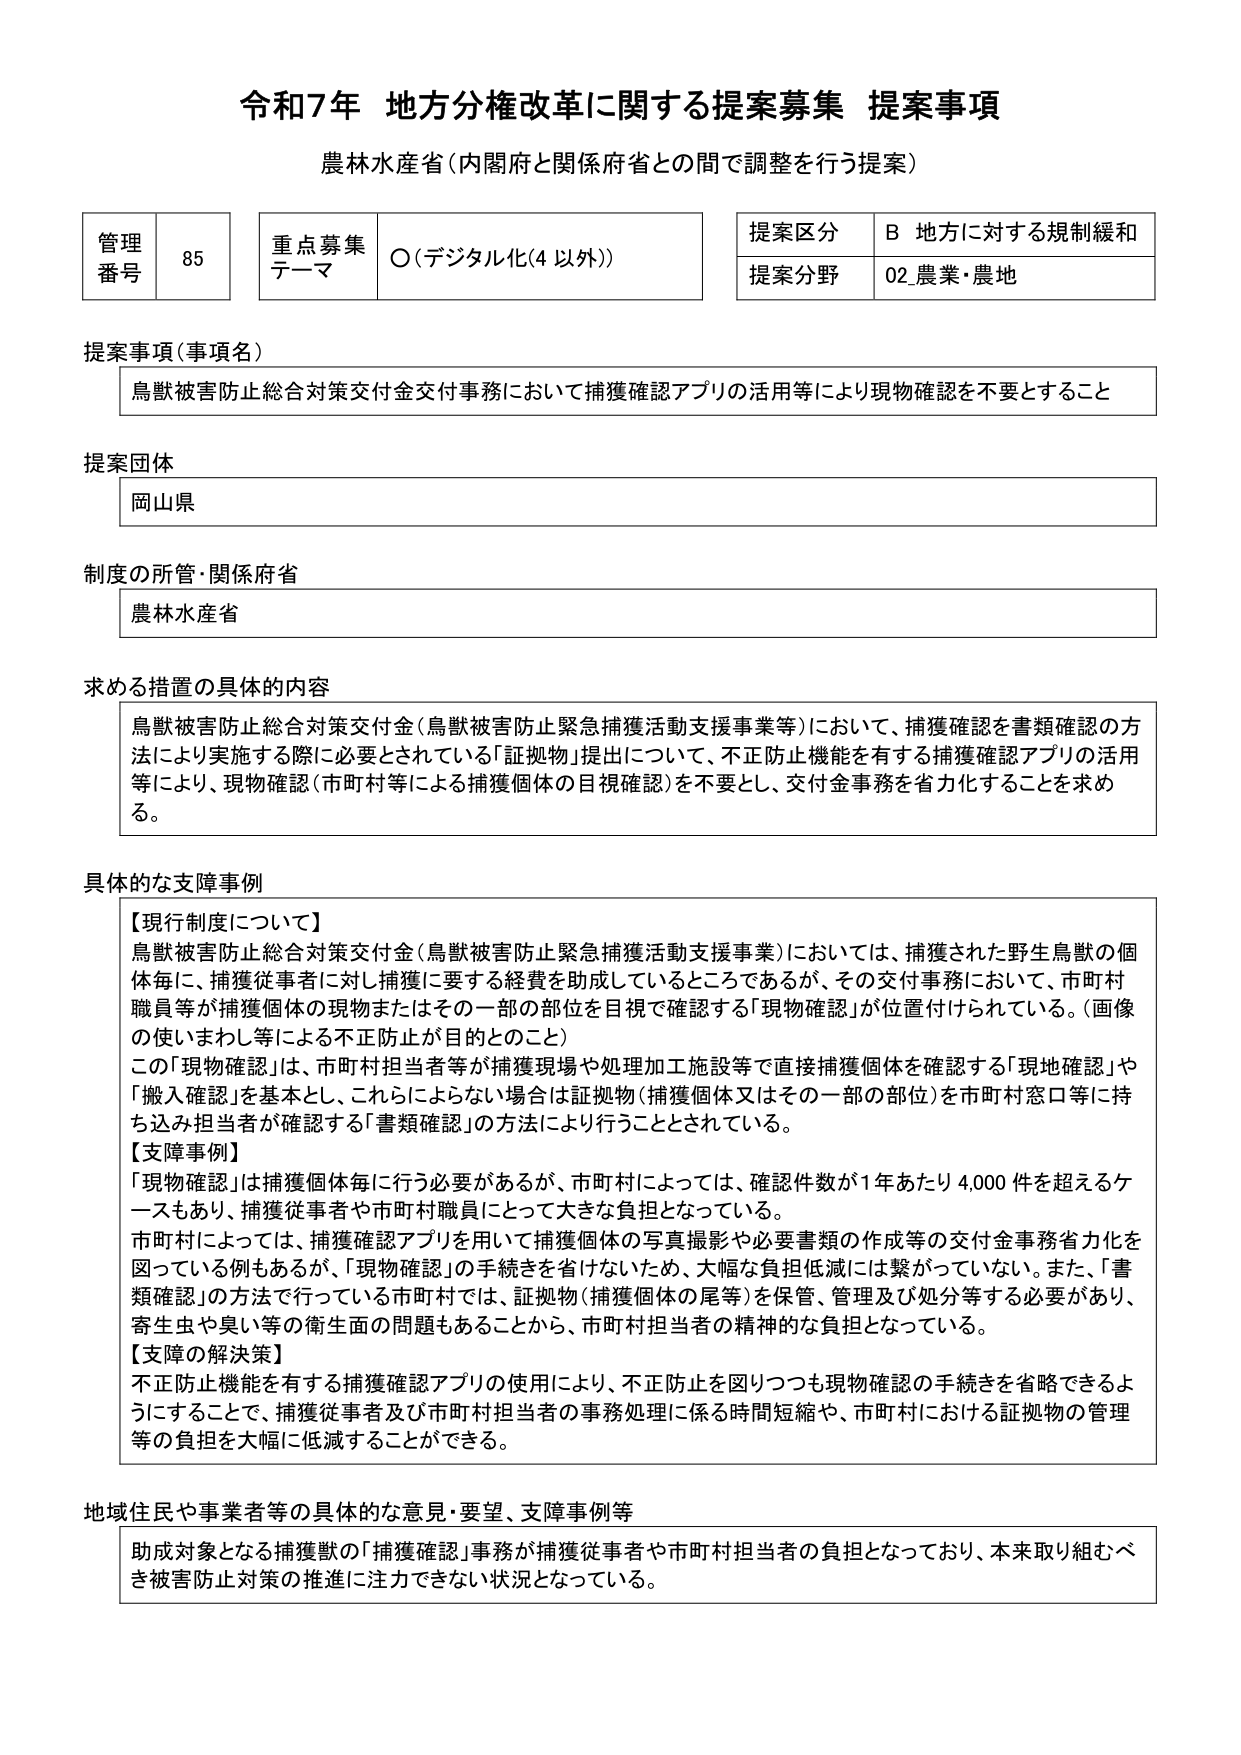
令和7年 地方分権改革に関する提案募集 提案事項
農林水産省（内閣府と関係府省との間で調整を行う提案）

管理番号 85
重点募集テーマ ○（デジタル化（4 以外））
提案区分 B 地方に対する規制緩和
提案分野 02 農業・農地

提案事項（事項名）
鳥獣被害防止総合対策交付金交付事務において捕獲確認アプリの活用等により現物確認を不要とすること

提案団体
岡山県

制度の所管・関係府省
農林水産省

求める措置の具体的内容
鳥獣被害防止総合対策交付金（鳥獣被害防止緊急捕獲活動支援事業等）において、捕獲確認を書類確認の方法により実施する際に必要とされている「証拠物」提出について、不正防止機能を有する捕獲確認アプリの活用等により、現物確認（市町村等による捕獲個体の目視確認）を不要とし、交付金事務を省力化することを求める。

具体的な支障事例
【現行制度について】
鳥獣被害防止総合対策交付金（鳥獣被害防止緊急捕獲活動支援事業）においては、捕獲された野生鳥獣の個体毎に、捕獲従事者に対し捕獲に要する経費を助成しているところであるが、その交付事務において、市町村職員等が捕獲個体の現物またはその一部の部位を目視で確認する「現物確認」が位置付けられている。（画像の使いまわし等による不正防止が目的とのこと）
この「現物確認」は、市町村担当者等が捕獲現場や処理加工施設等で直接捕獲個体を確認する「現地確認」や「搬入確認」を基本とし、これらによらない場合は証拠物（捕獲個体又はその一部の部位）を市町村窓口等に持ち込み担当者が確認する「書類確認」の方法により行うこととされている。
【支障事例】
「現物確認」は捕獲個体毎に行う必要があるが、市町村によっては、確認件数が1年あたり4,000件を超えるケースもあり、捕獲従事者や市町村職員にとって大きな負担となっている。
市町村によっては、捕獲確認アプリを用いて捕獲個体の写真撮影や必要書類の作成等の交付金事務省力化を図っている例もあるが、「現物確認」の手続きを省けないため、大幅な負担低減には繋がっていない。また、「書類確認」の方法で行っている市町村では、証拠物（捕獲個体の尾等）を保管、管理及び処分等する必要があり、寄生虫や臭い等の衛生面の問題もあることから、市町村担当者の精神的な負担となっている。
【支障の解決策】
不正防止機能を有する捕獲確認アプリの使用により、不正防止を図りつつも現物確認の手続きを省略できるようにすることで、捕獲従事者及び市町村担当者の事務処理に係る時間短縮や、市町村における証拠物の管理等の負担を大幅に低減することができる。

地域住民や事業者等の具体的な意見・要望、支障事例等
助成対象となる捕獲獣の「捕獲確認」事務が捕獲従事者や市町村担当者の負担となっており、本来取り組むべき被害防止対策の推進に注力できない状況となっている。